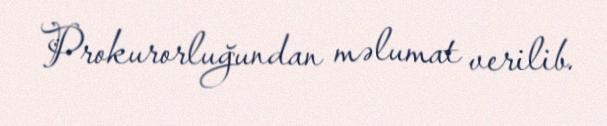
Prokurorluğundan məlumat verilib.